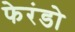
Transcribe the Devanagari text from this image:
फेरंडो